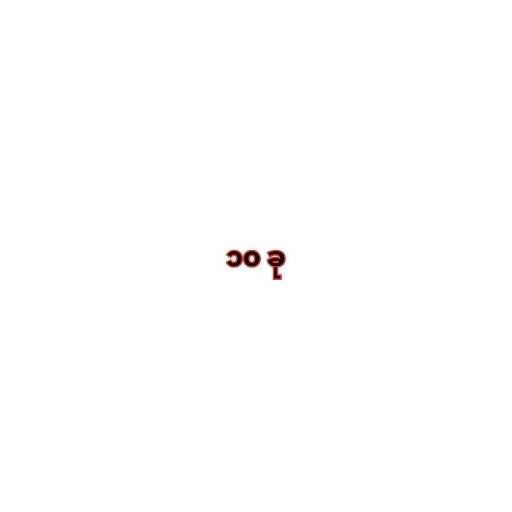
၁၀ ခု